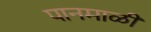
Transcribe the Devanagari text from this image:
पानमाळी